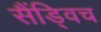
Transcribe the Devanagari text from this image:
सैंड्विच